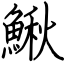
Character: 鰍